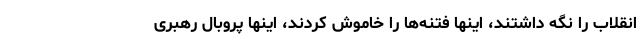
انقلاب را نگه داشتند، اینها فتنه‌ها را خاموش کردند، اینها پروبال رهبری